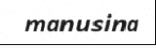
manusina